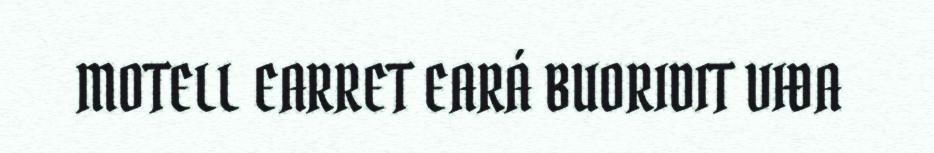
MOTELL EARRET EARÁ BUORIDIT VIĐA